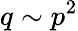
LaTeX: q\sim p^{2}